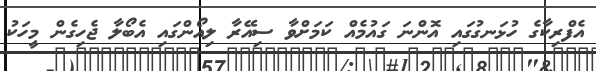
އެފްރިކާގެ ހުޅަނގުގައި އޮންނަ ގައުމެއް ކަމަށްވާ ސިއޭރާ ލިއޯންގައި އެބޯލާ ޖެހިގެން މީހަކު